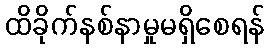
ထိခိုက်နစ်နာမှုမရှိစေရန်